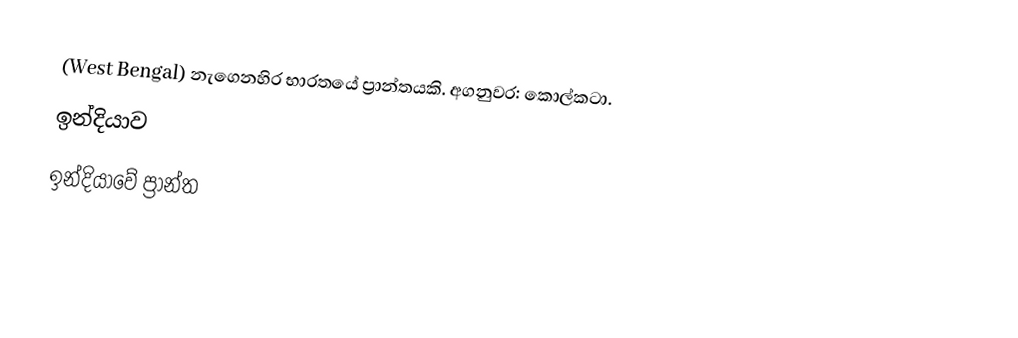
(West Bengal) නැගෙනහිර භාරතයේ ප්‍රාන්තයකි. අගනුවර: කොල්කටා.
ඉන්දියාව
ඉන්දියාවේ ප්‍රාන්ත